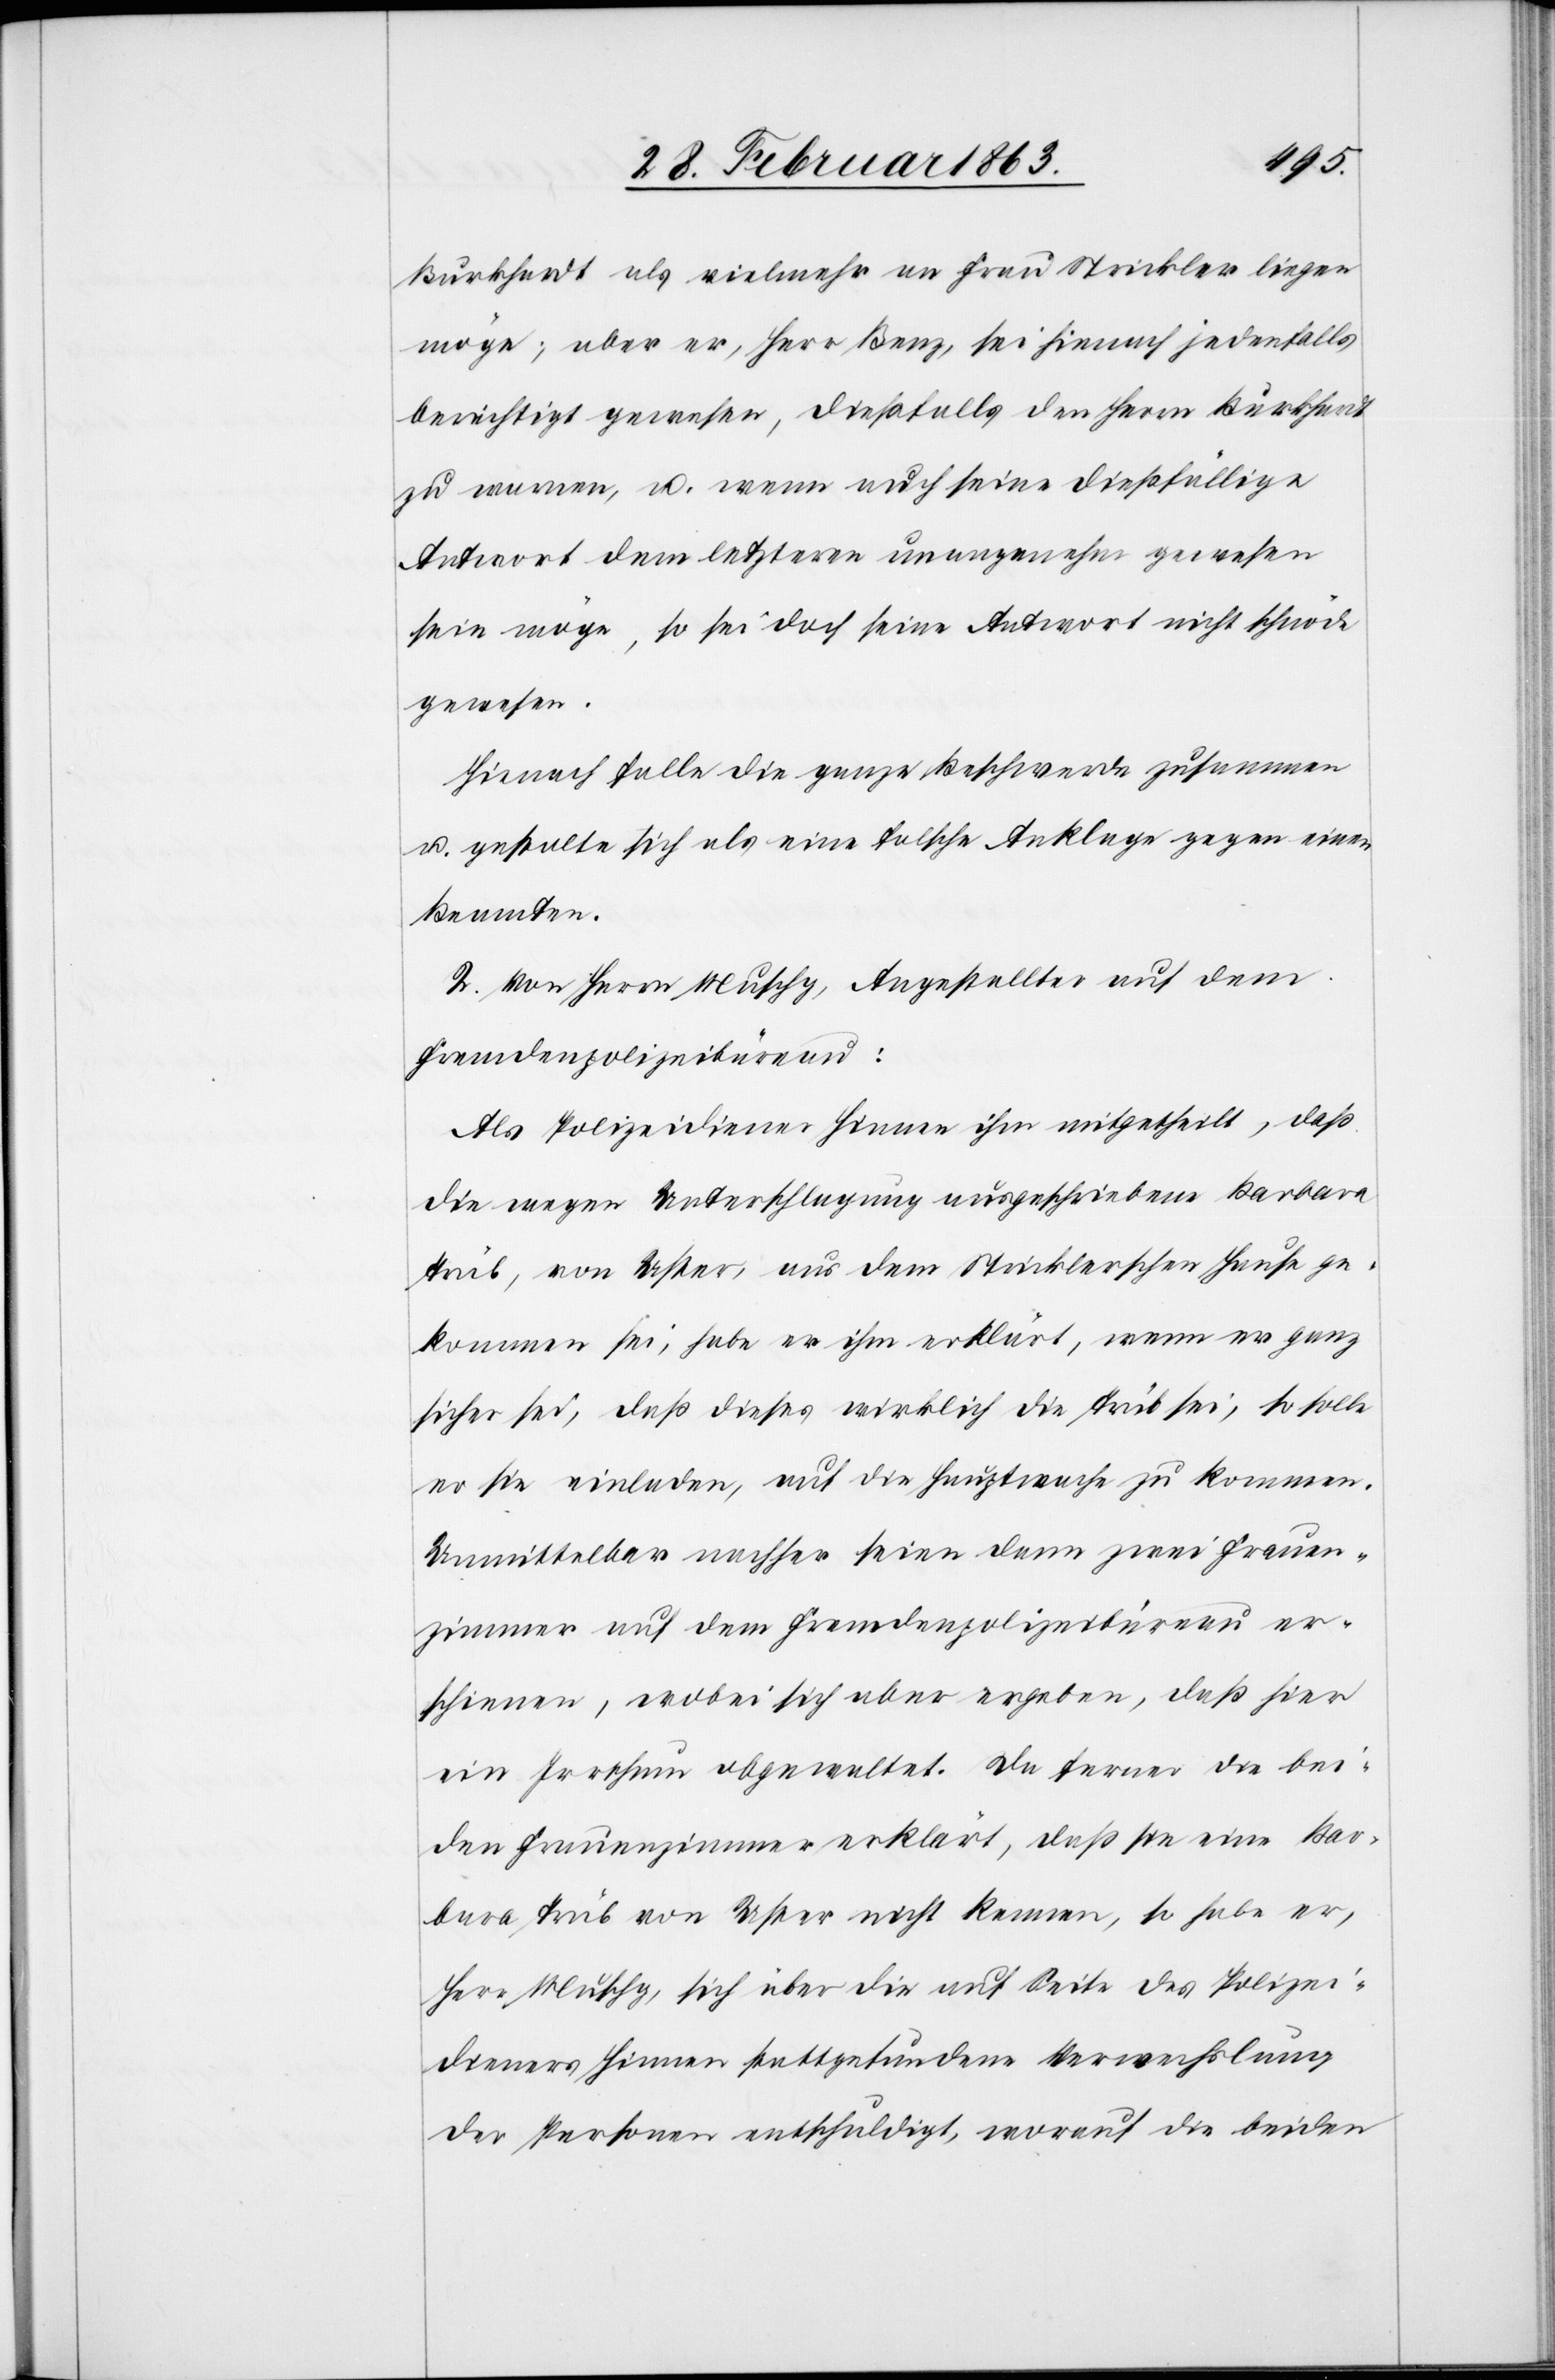
Burkhardt als vielmehr an Frau Strickler liegen
möge; aber er, Herr Benz, sei hienach jedenfalls
berechtigt gewesen, dießfalls den Herrn Burkhardt
zu warnen, u. wenn auch seine dießfällige
Antwort dem letzteren unangenehm gewesen
sein möge, so sei doch seine Antwort nicht schnöde
gewesen.
Hienach falle die ganz Beschwerde zusammen
u. gestalte sich als eine falsche Anklage gegen einen
Beamten.
2. Von Herrn Muschg, Angestellter auf dem
Fremdenpolizeibüreau:
Als Polizeidiener Hinnen ihm mitgetheilt, daß
die wegen Unterschlagung ausgeschriebene Barbara
Trüb, von Uster, aus dem Stricklerschen Hause ge¬
kommen sei, habe er ihm erklärt, wenn er ganz
sicher sei, daß dieses wirklich die Trüb sei, so solle
er sie einladen, auf die Hauptwache zu kommen.
Unmittelbar nachher seien dann zwei Frauen¬
zimmer auf dem Fremdenpolizeibüreau er¬
schienen, wobei sich aber ergeben, daß hier
ein Irrthum obgewaltet. Da ferner die bei¬
den Frauenzimmer erklärt, daß sie eine Bar¬
bara Trüb von Uster nicht kennen, so habe er,
Herr Muschg, sich über die auf Seite des Polizei¬
dieners Hinnen stattgefundene Verwechslung
der Personen entschuldigt, worauf die beiden